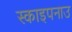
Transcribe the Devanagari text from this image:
स्काइपनाउ